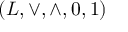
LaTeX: ( L , \vee , \wedge , 0 , 1 )